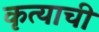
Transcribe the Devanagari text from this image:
कृत्याची